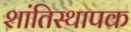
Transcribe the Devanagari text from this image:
शांतिस्थापक